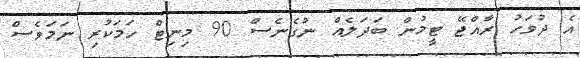
އެ ދުވަހު ރާއްޖޭ ޓީމުން ބަދަލެއް ނުގެނެސް 90 މިނިޓް ހަމަކުރި ނަމަވެސް